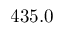
4 3 5 . 0